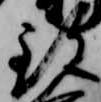
致